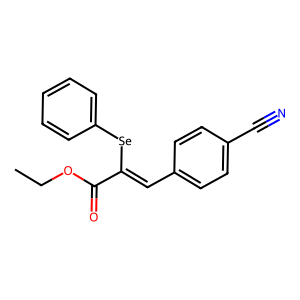
SMILES: CCOC(=O)C(=Cc1ccc(C#N)cc1)[Se]c1ccccc1
Inhibits HIV replication: No